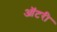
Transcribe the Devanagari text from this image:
ऑटरी